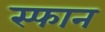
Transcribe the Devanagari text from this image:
स्फान